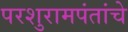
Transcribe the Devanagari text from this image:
परशुरामपंतांचे